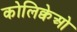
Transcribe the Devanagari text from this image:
कोलिक्वेओ